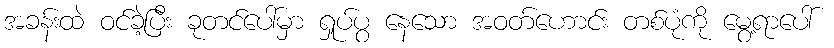
အခန်းထဲ ဝင်ခဲ့ပြီး ခုတင်ပေါ်မှာ ရှုပ်ပွ နေသော အဝတ်ဟောင်း တစ်ပုံကို မွေ့ရာပေါ်